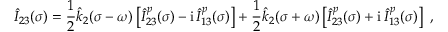
\hat { I } _ { 2 3 } ( \sigma ) = \frac 1 2 \hat { k } _ { 2 } ( \sigma - \omega ) \left[ \hat { I } _ { 2 3 } ^ { p } ( \sigma ) - \mathrm { i } \, \hat { I } _ { 1 3 } ^ { p } ( \sigma ) \right] + \frac 1 2 \hat { k } _ { 2 } ( \sigma + \omega ) \left[ \hat { I } _ { 2 3 } ^ { p } ( \sigma ) + \mathrm { i } \, \hat { I } _ { 1 3 } ^ { p } ( \sigma ) \right] \ ,